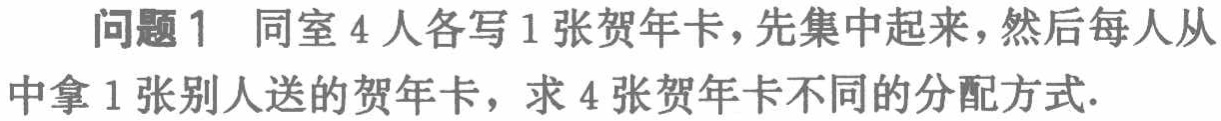
问题1 同室4人各写1张贺年卡，先集中起来，然后每人从中拿1张别人送的贺年卡，求4张贺年卡不同的分配方式.